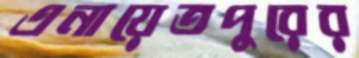
এনায়েতপুরের